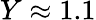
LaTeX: Y\approx 1.1